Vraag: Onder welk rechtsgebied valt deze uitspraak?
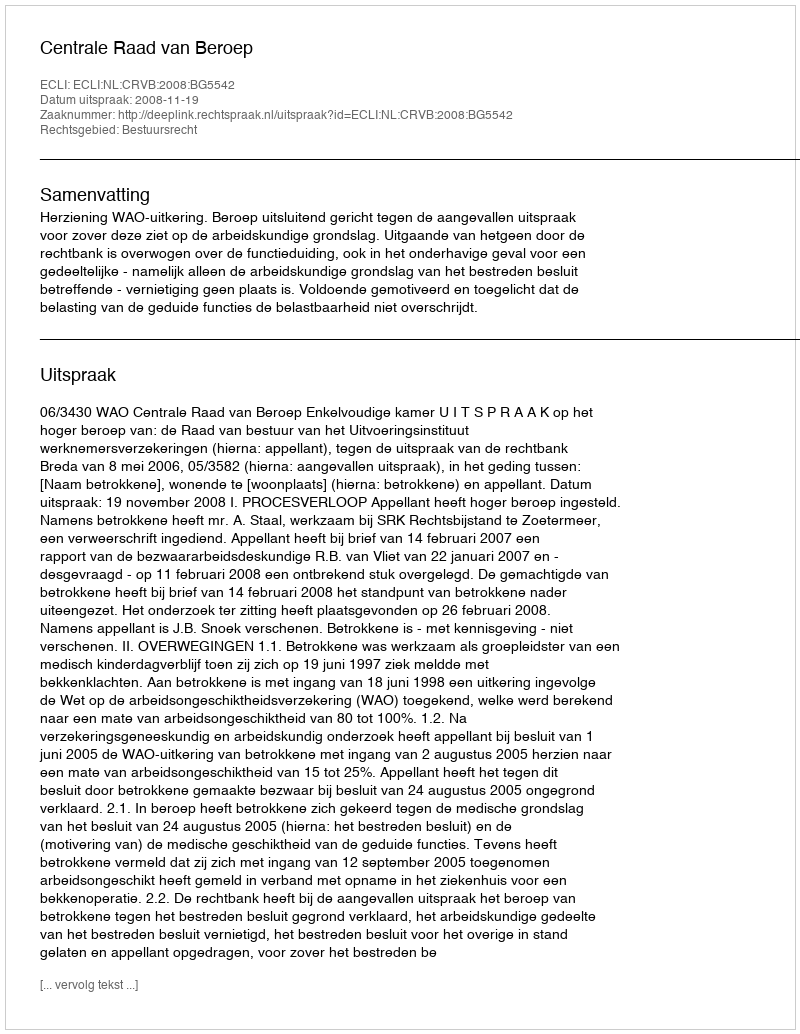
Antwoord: Bestuursrecht